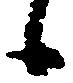
候